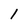
Character: 1